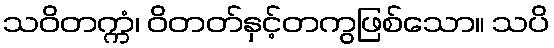
သဝိတက္ကံ၊ ဝိတတ်နှင့်တကွဖြစ်သော။ သပိ